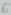
Text: 6